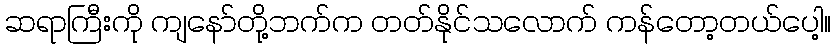
ဆရာကြီးကို ကျနော်တို့ဘက်က တတ်နိုင်သလောက် ကန်တော့တယ်ပေါ့။